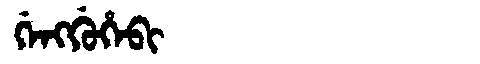
Manchu: ᡤᡝᠩᡤᡠᡥᡝᠪᡳ
Romanization: GENGGUHEBI